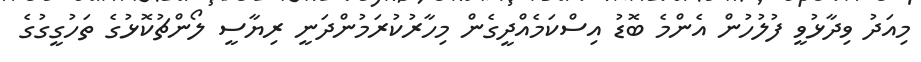
މިއަދު ވިދާޅުވީ ފުލުހުން އެންމެ ބޮޑު އިސްކަމެއްދީގެން މިހާރުކުރަމުންދަނީ ރިޔާސީ ލޯންޗުކޮޅުގެ ތަހުގީގުގެ